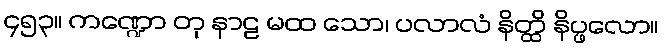
၄၅၃။ ကဏ္ဍော တု နာဠ မထ သော၊ ပလာလံ နိတ္ထိ နိပ္ဖလော။